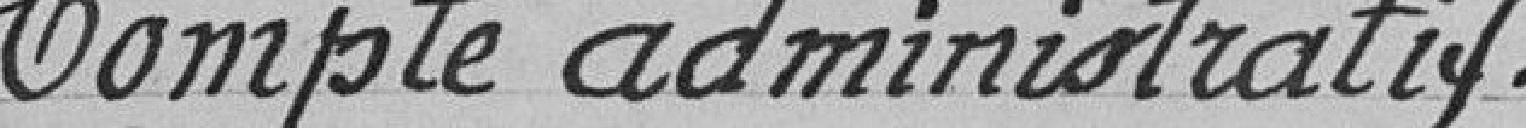
Compte administratif